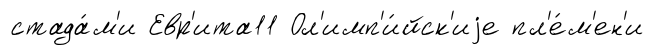
стада́м'и Евр'ита11 Ол'имп'и́йск'иjе пл'е́м'ен'и